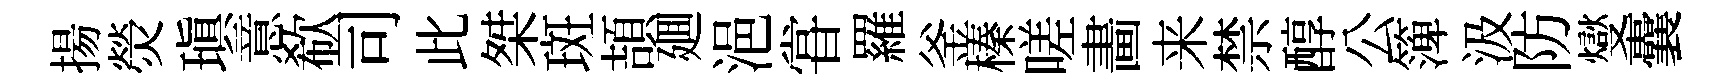
揚熒瑱意欷司此桀斑頡廽浥甞羅釜榛嗟畵来禁醇公𥱼汲防燮囊